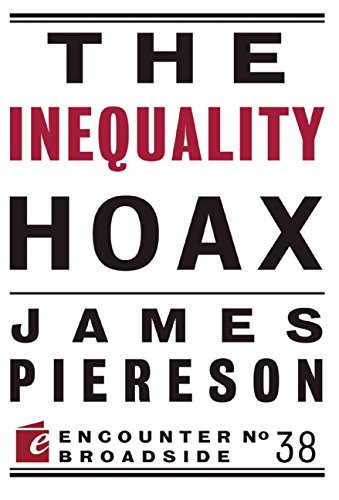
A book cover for The Inequality Hoax (Encounter Broadsides); James Piereson; Business & Money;